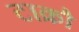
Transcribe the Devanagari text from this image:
टाक्रौ